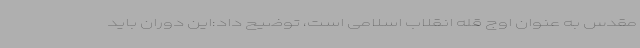
مقدس به عنوان اوج قله انقلاب اسلامی است، توضیح داد:این دوران باید